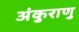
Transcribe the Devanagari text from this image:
अंकुराणु